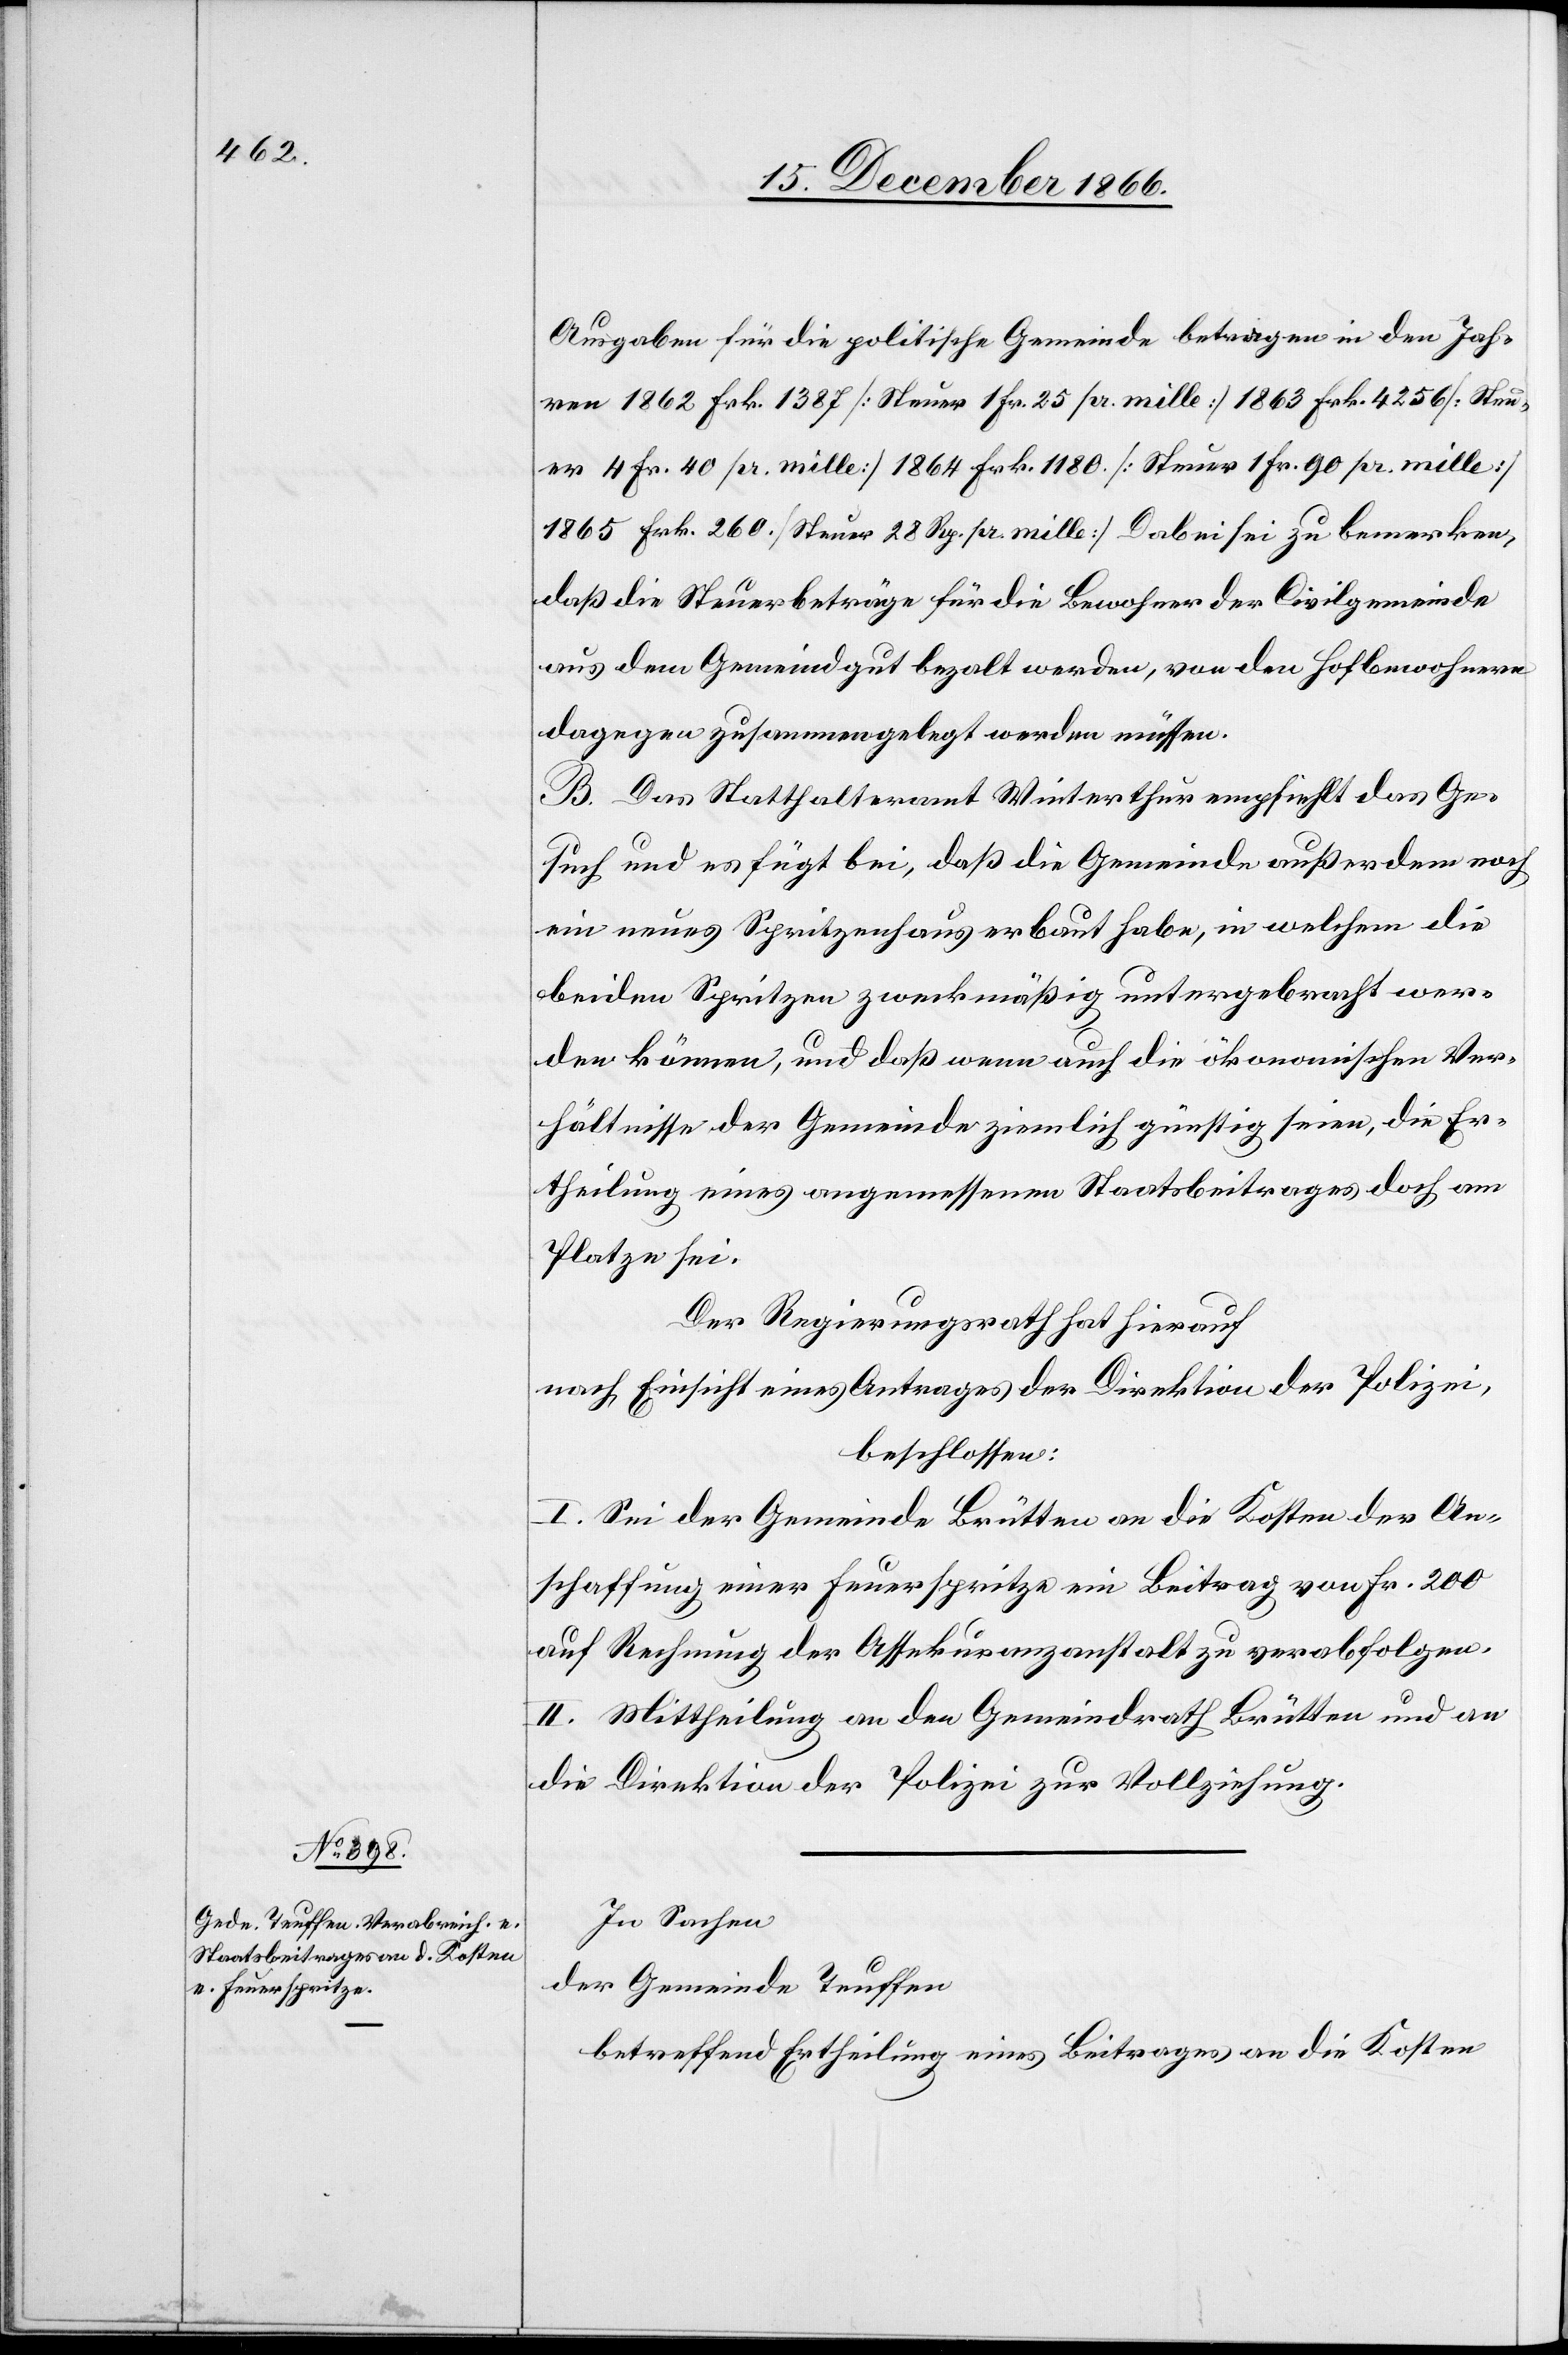
Ausgaben für die politische Gemeinde betragen in den Jah¬
ren 1862 Frk. 1387 [Steuer 1 Fr. 25 pr. mille] 1863 Frk. 4256 [Steu¬
er 4 Fr. 40 pr. mille] 1864 Frk. 1180 [Steuer 1 Fr. 90 pr. mille]
1865 Frk. 260 [Steuer 28 Rp. pr. mille]. Dabei sei zu bemerken,
daß die Steuerbeträge für die Bewohner der Civilgemeinde
aus dem Gemeindgut bezahlt werden, von den Hofbewohnern
dagegen zusammengelegt werden müssen.
B. Das Statthalteramt Winterthur empfiehlt das Ge¬
such und es fügt bei, daß die Gemeinde außerdem noch
ein neues Spritzenhaus erbaut habe, in welchem die
beiden Spritzen zweckmäßig untergebracht wer¬
den können, und daß wenn auch die ökonomischen Ver¬
hältnisse der Gemeinde ziemlich günstig seien, die Er¬
theilung eines angemessenen Staatsbeitrages doch am
Platze sei.
Der Regierungsrath hat hierauf,
nach Einsicht eines Antrages der Direktion der Polizei,
beschlossen:
I. Sei der Gemeinde Brütten an die Kosten der An¬
schaffung einer Feuerspritze ein Beitrag von Fr. 200
auf Rechnung der Assekuranzanstalt zu verabfolgen.
II. Mittheilung an den Gemeindrath Brütten und an
die Direktion der Polizei zur Vollziehung.
In Sachen
der Gemeinde Teuffen,
betreffend Ertheilung eines Beitrages an die Kosten